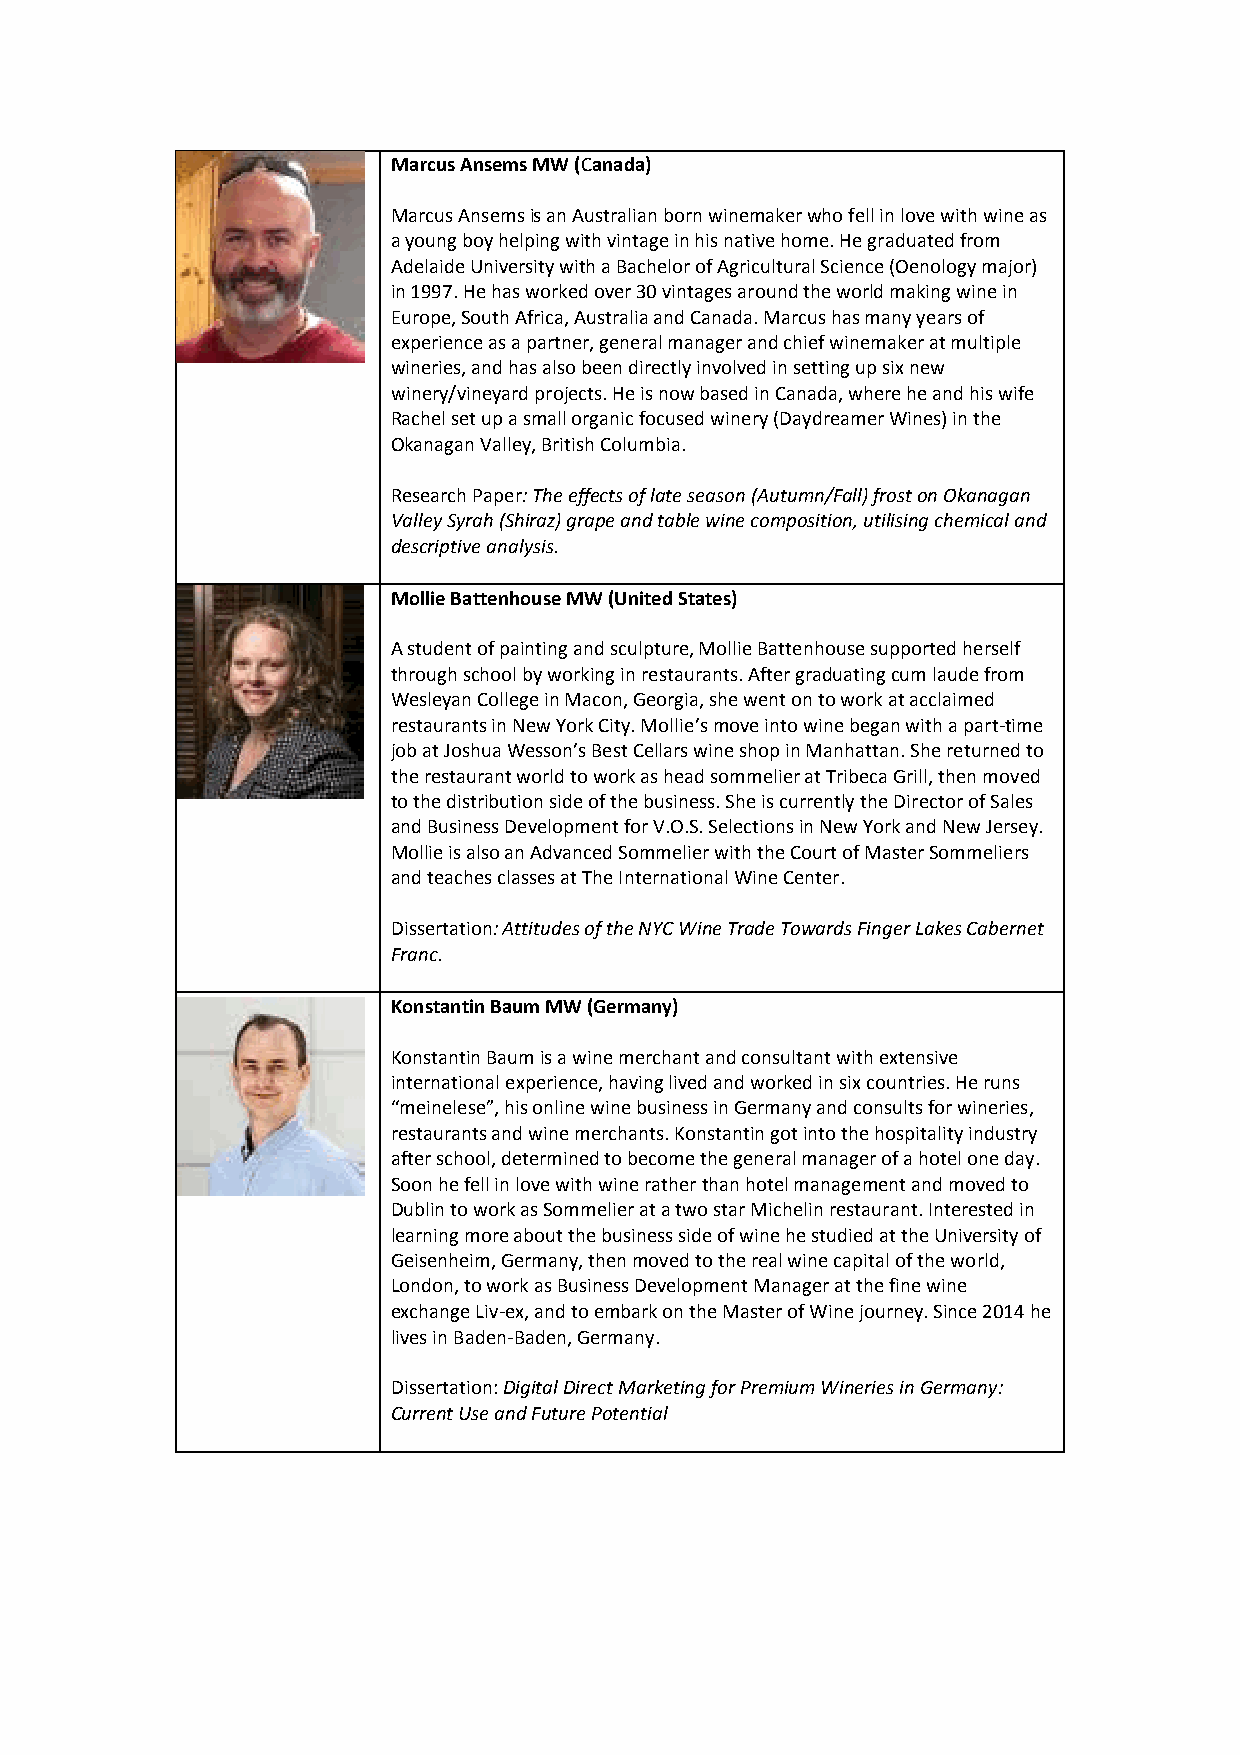
Marcus Ansems MW (Canada)
 Marcus Ansems is an Australian born winemaker who fell in love with wine as
 a young boy helping with vintage in his native home. He graduated from
 Adelaide University with a Bachelor of Agricultural Science (Oenology major)
 in 1997. He has worked over 30 vintages around the world making wine in
 Europe, South Africa, Australia and Canada. Marcus has many years of
 experience as a partner, general manager and chief winemaker at multiple
 wineries, and has also been directly involved in setting up six new
 winery/vineyard projects. He is now based in Canada, where he and his wife
 Rachel set up a small organic focused winery (Daydreamer Wines) in the
 Okanagan Valley, British Columbia.
 Research Paper: The effects of late season (Autumn/Fall) frost on Okanagan
 Valley Syrah (Shiraz) grape and table wine composition, utilising chemical and
 descriptive analysis.
 Mollie Battenhouse MW (United States)
 A student of painting and sculpture, Mollie Battenhouse supported herself
 through school by working in restaurants. After graduating cum laude from
 Wesleyan College in Macon, Georgia, she went on to work at acclaimed
 restaurants in New York City. Mollie’s move into wine began with a part-time
 job at Joshua Wesson’s Best Cellars wine shop in Manhattan. She returned to
 the restaurant world to work as head sommelier at Tribeca Grill, then moved
 to the distribution side of the business. She is currently the Director of Sales
 and Business Development for V.O.S. Selections in New York and New Jersey.
 Mollie is also an Advanced Sommelier with the Court of Master Sommeliers
 and teaches classes at The International Wine Center.
 Dissertation: Attitudes of the NYC Wine Trade Towards Finger Lakes Cabernet
 Franc.
 Konstantin Baum MW (Germany)
 Konstantin Baum is a wine merchant and consultant with extensive
 international experience, having lived and worked in six countries. He runs
 “meinelese”, his online wine business in Germany and consults for wineries,
 restaurants and wine merchants. Konstantin got into the hospitality industry
 after school, determined to become the general manager of a hotel one day.
 Soon he fell in love with wine rather than hotel management and moved to
 Dublin to work as Sommelier at a two star Michelin restaurant. Interested in
 learning more about the business side of wine he studied at the University of
 Geisenheim, Germany, then moved to the real wine capital of the world,
 London, to work as Business Development Manager at the fine wine
 exchange Liv-ex, and to embark on the Master of Wine journey. Since 2014 he
 lives in Baden-Baden, Germany.
 Dissertation: Digital Direct Marketing for Premium Wineries in Germany:
 Current Use and Future Potential